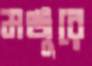
মঞ্জুরে